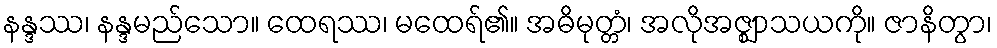
နန္ဒဿ၊ နန္ဒမည်သော။ ထေရဿ၊ မထေရ်၏။ အဓိမုတ္တံ၊ အလိုအဇ္ဈာသယကို။ ဇာနိတွာ၊